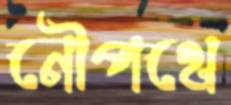
নৌপথে